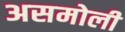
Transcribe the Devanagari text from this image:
असमोली